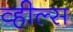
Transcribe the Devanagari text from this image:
व्‍हील्‍स